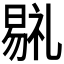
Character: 𣉷